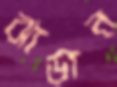
ঝাড়ান